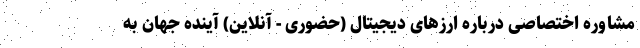
مشاوره اختصاصی درباره ارزهای دیجیتال (حضوری - آنلاین) آینده جهان به